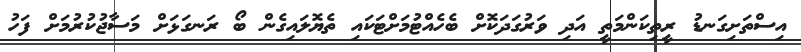
އިސްތަށިގަނޑު ރީތިކަންމަތީ އަދި ވަރުގަދަކޮށް ބެހެއްޓުމަށްޓަކައި ތެޔޮލައިގެން ބޯ ރަނގަޅަށް މަސާޖުކުރުމަށް ފަހު